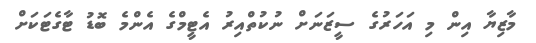
މާޒިޔާ އިން މި އަހަރުގެ ސީޒަނަށް ނުކުތްއިރު އެޓީމްގެ އެންމެ ބޮޑު ޓާގެޓަކަށް